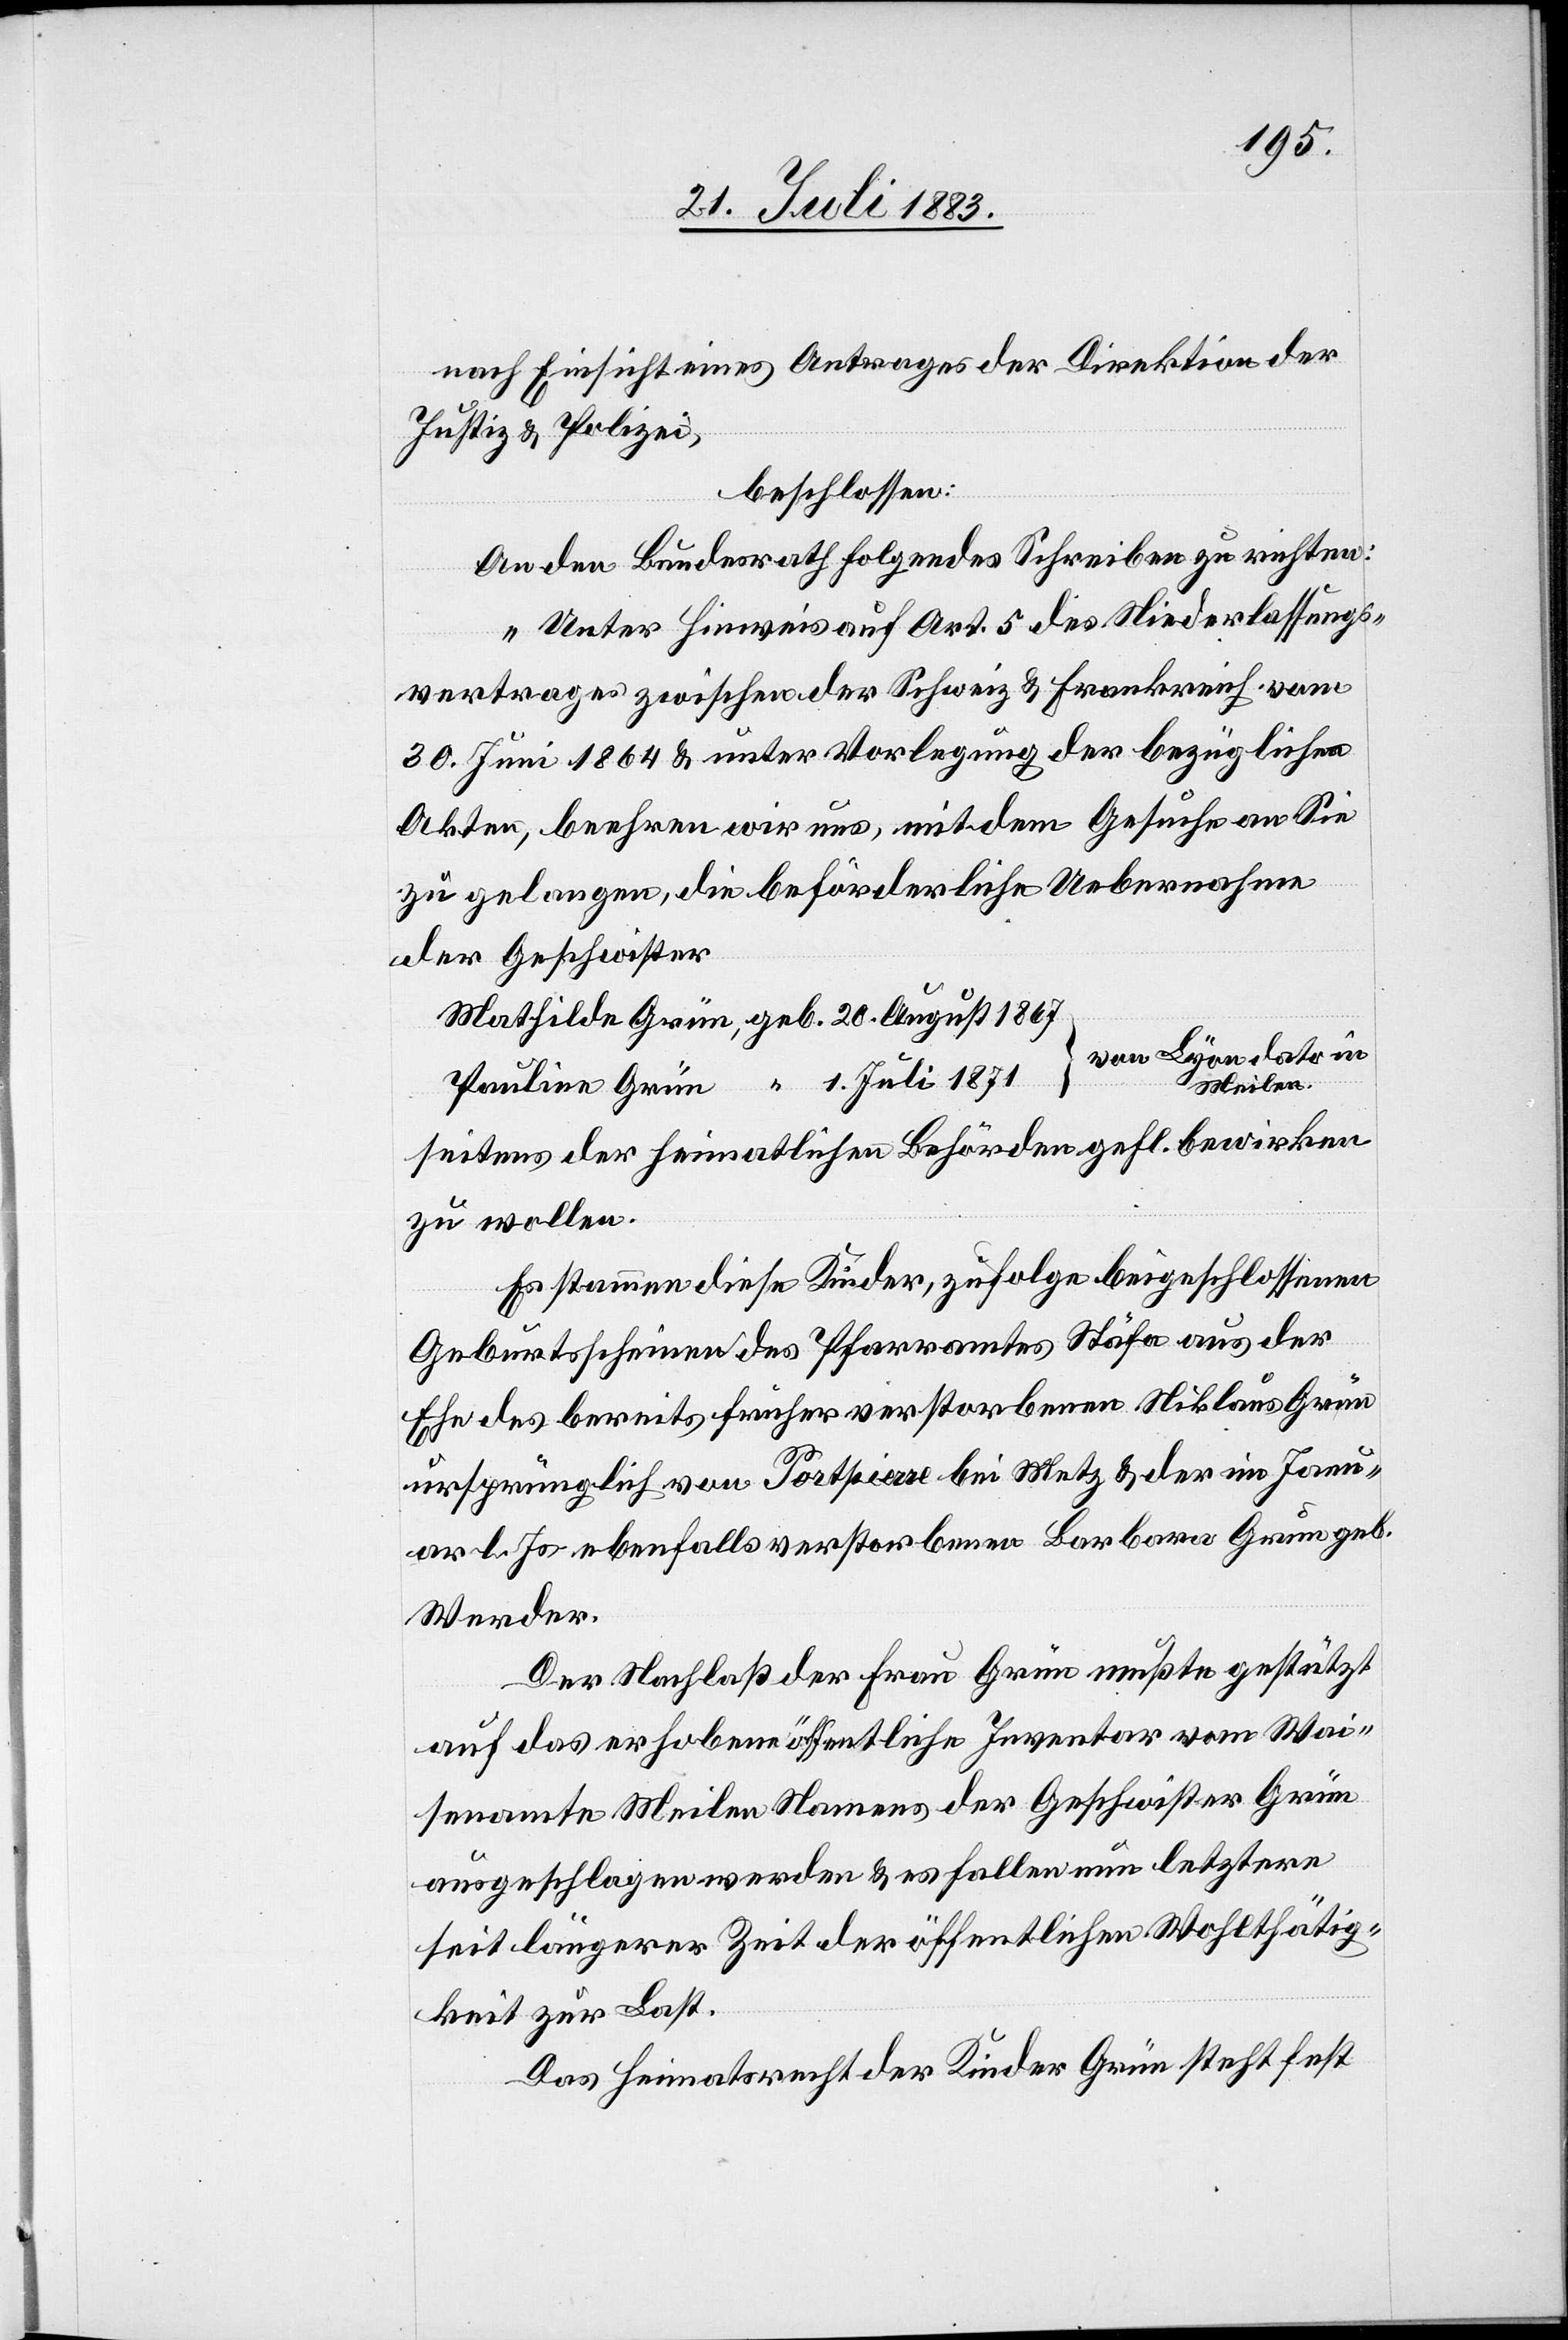
1. Juli 1871
nach Einsicht eines Antrages der Direktion der
Justiz & Polizei,
von
beschlossen:
An den Bundesrath folgendes Schreiben zu richten:
„Unter Hinweis auf Art. 5 des Niederlassungs¬
vertrages zwischen der Schweiz & Frankreich vom
30. Juni 1864 & unter Vorlegung der bezüglichen
Akten, beehren wir uns, mit dem Gesuche an Sie
zu gelangen, die beförderliche Uebernahme
der Geschwister
in
Meilen.
seitens der heimatlichen Behörden gefl. bewirken
zu wollen.
Es stammen diese Kinder, zufolge beigeschlossenen
Geburtsscheinen des Pfarramtes Stäfa aus der
Ehe des bereits früher verstorbenen Niklaus Grün
ursprünglich von Portpierre bei Metz & der im Janu¬
ar l. Js. ebenfalls verstorbenen Barbara Grün geb.
Werder.
Der Nachlaß der Frau Grün mußte gestützt
Grün
auf das erhobene öffentliche Inventar vom Wai¬
senamte Meilen Namens der Geschwister Grün
ausgeschlagen werden & es fallen nun letztere
seit längerer Zeit der öffentlichen Wohlthätig¬
keit zur Last.
Das Heimatrecht der Kinder Grün steht fest